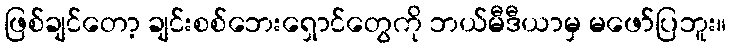
ဖြစ်ချင်တော့ ချင်းစစ်ဘေးရှောင်တွေကို ဘယ်မီဒီယာမှ မဖော်ပြဘူး။